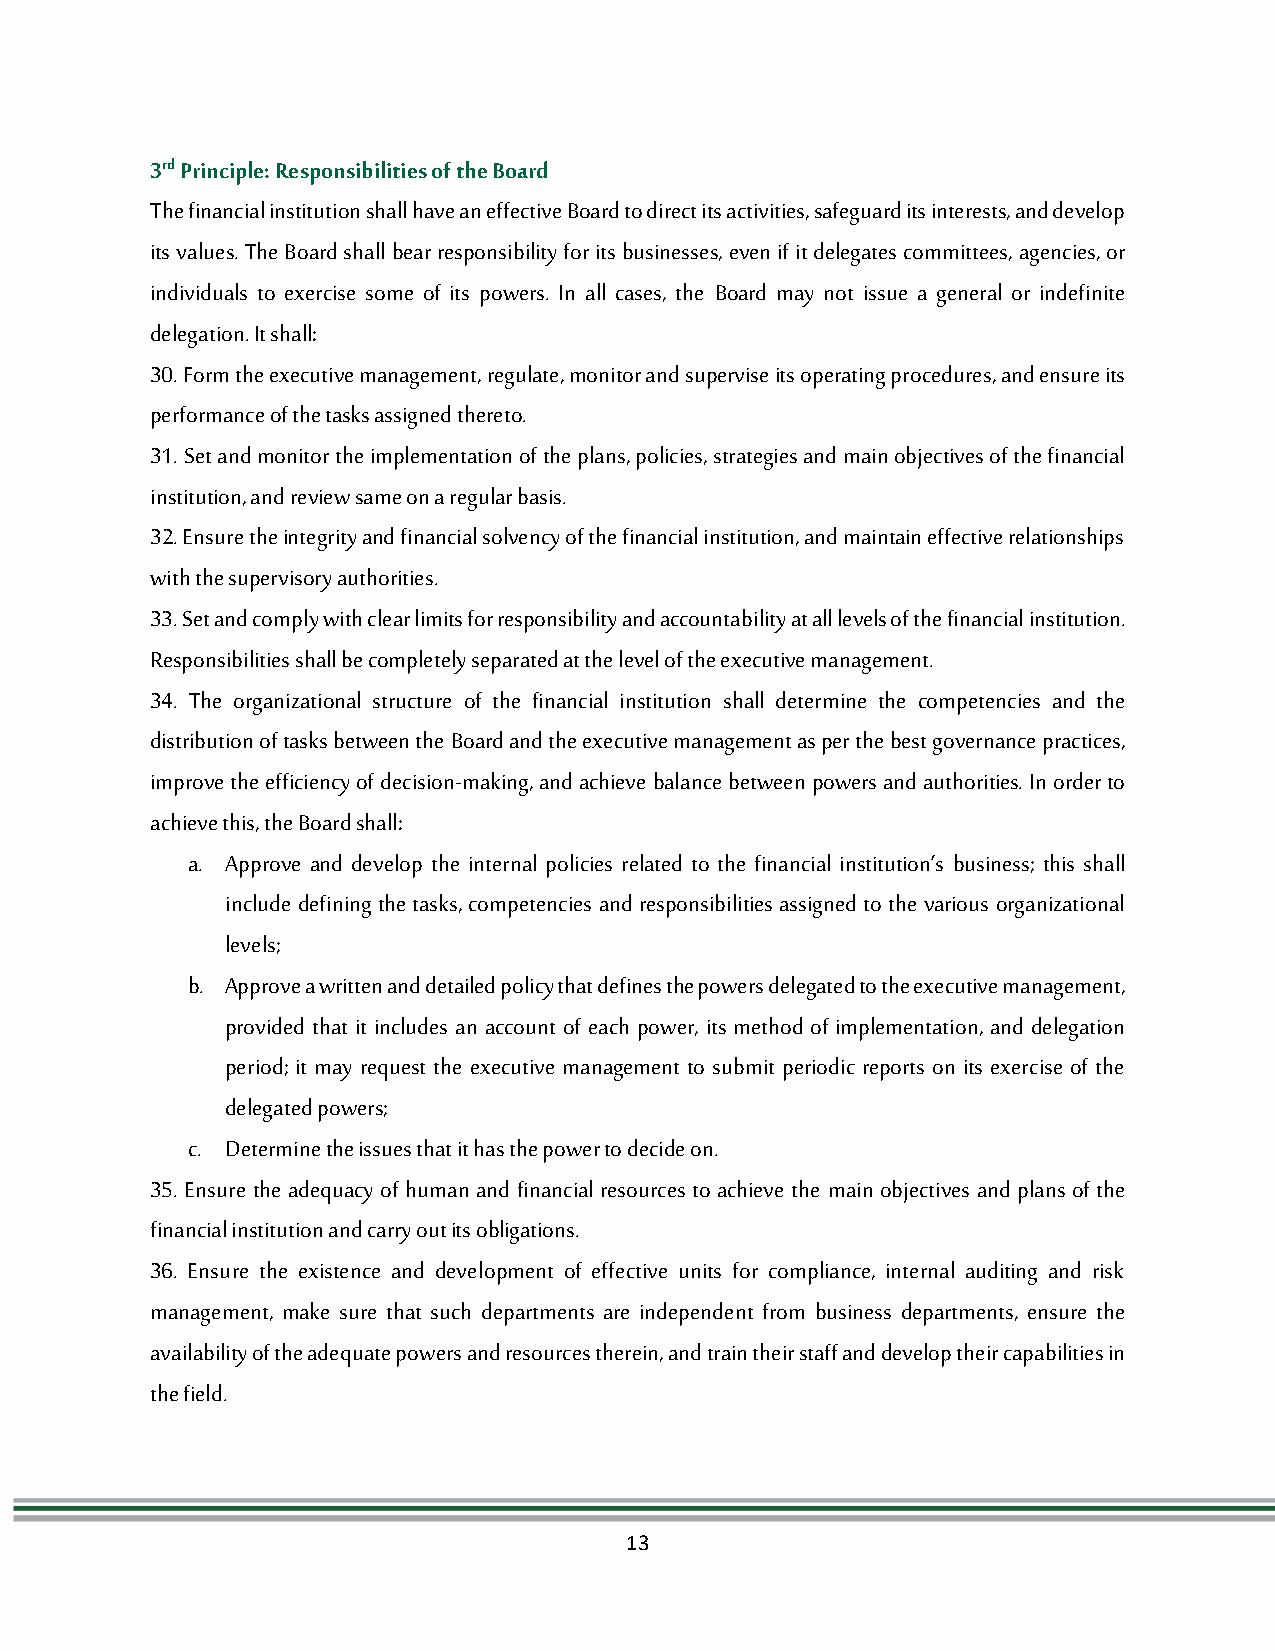
3rd Principle: Responsibilities of the Board
 The financial institution shall have an effective Board to direct its activities, safeguard its interests, and develop
 its values. The Board shall bear responsibility for its businesses, even if it delegates committees, agencies, or
 individuals to exercise some of its powers. In all cases, the Board may not issue a general or indefinite
 delegation. It shall:
 30. Form the executive management, regulate, monitor and supervise its operating procedures, and ensure its
 performance of the tasks assigned thereto.
 31. Set and monitor the implementation of the plans, policies, strategies and main objectives of the financial
 institution, and review same on a regular basis.
 32. Ensure the integrity and financial solvency of the financial institution, and maintain effective relationships
 with the supervisory authorities.
 33. Set and comply with clear limits for responsibility and accountability at all levels of the financial institution.
 Responsibilities shall be completely separated at the level of the executive management.
 34. The organizational structure of the financial institution shall determine the competencies and the
 distribution of tasks between the Board and the executive management as per the best governance practices,
 improve the efficiency of decision-making, and achieve balance between powers and authorities. In order to
 achieve this, the Board shall:
 a. Approve and develop the internal policies related to the financial institution’s business; this shall
 include defining the tasks, competencies and responsibilities assigned to the various organizational
 levels;
 b. Approve a written and detailed policy that defines the powers delegated to the executive management,
 provided that it includes an account of each power, its method of implementation, and delegation
 period; it may request the executive management to submit periodic reports on its exercise of the
 delegated powers;
 c. Determine the issues that it has the power to decide on.
 35. Ensure the adequacy of human and financial resources to achieve the main objectives and plans of the
 financial institution and carry out its obligations.
 36. Ensure the existence and development of effective units for compliance, internal auditing and risk
 management, make sure that such departments are independent from business departments, ensure the
 availability of the adequate powers and resources therein, and train their staff and develop their capabilities in
 the field.
 13